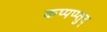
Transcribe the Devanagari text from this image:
कप्पप्प्तुय्